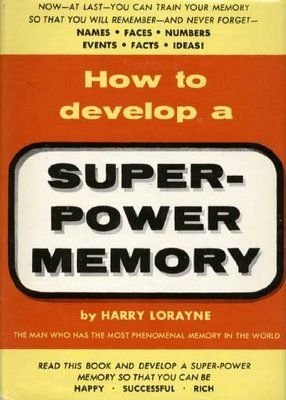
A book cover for How to Develop a Super Power Memory; Harry Lorayne; Self-Help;